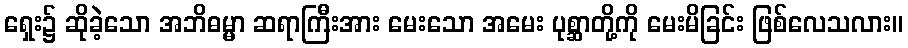
ရှေး၌ ဆိုခဲ့သော အဘိဓမ္မာ ဆရာကြီးအား မေးသော အမေး ပုစ္ဆာတို့ကို မေးမိခြင်း ဖြစ်လေသလား။